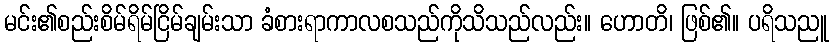
မင်း၏စည်းစိမ်ရိမ်ငြိမ်ချမ်းသာ ခံစားရာကာလစသည်ကိုသိသည်လည်း။ ဟောတိ၊ ဖြစ်၏။ ပရိသညူ